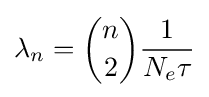
\lambda _{n}={n \choose 2}{\frac {1}{N_{e}\tau }}